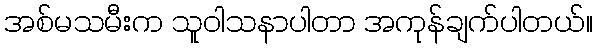
အစ်မသမီးက သူဝါသနာပါတာ အကုန်ချက်ပါတယ်။